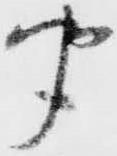
聞